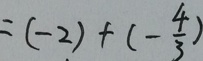
= ( - 2 ) + ( - \frac { 4 } { 3 } )